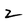
Character: 2